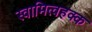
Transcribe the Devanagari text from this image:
स्वामित्वहक्क